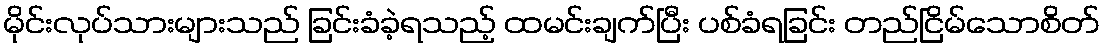
မိုင်းလုပ်သားများသည် ခြင်းခံခဲ့ရသည့် ထမင်းချက်ပြီး ပစ်ခံရခြင်း တည်ငြိမ်သောစိတ်